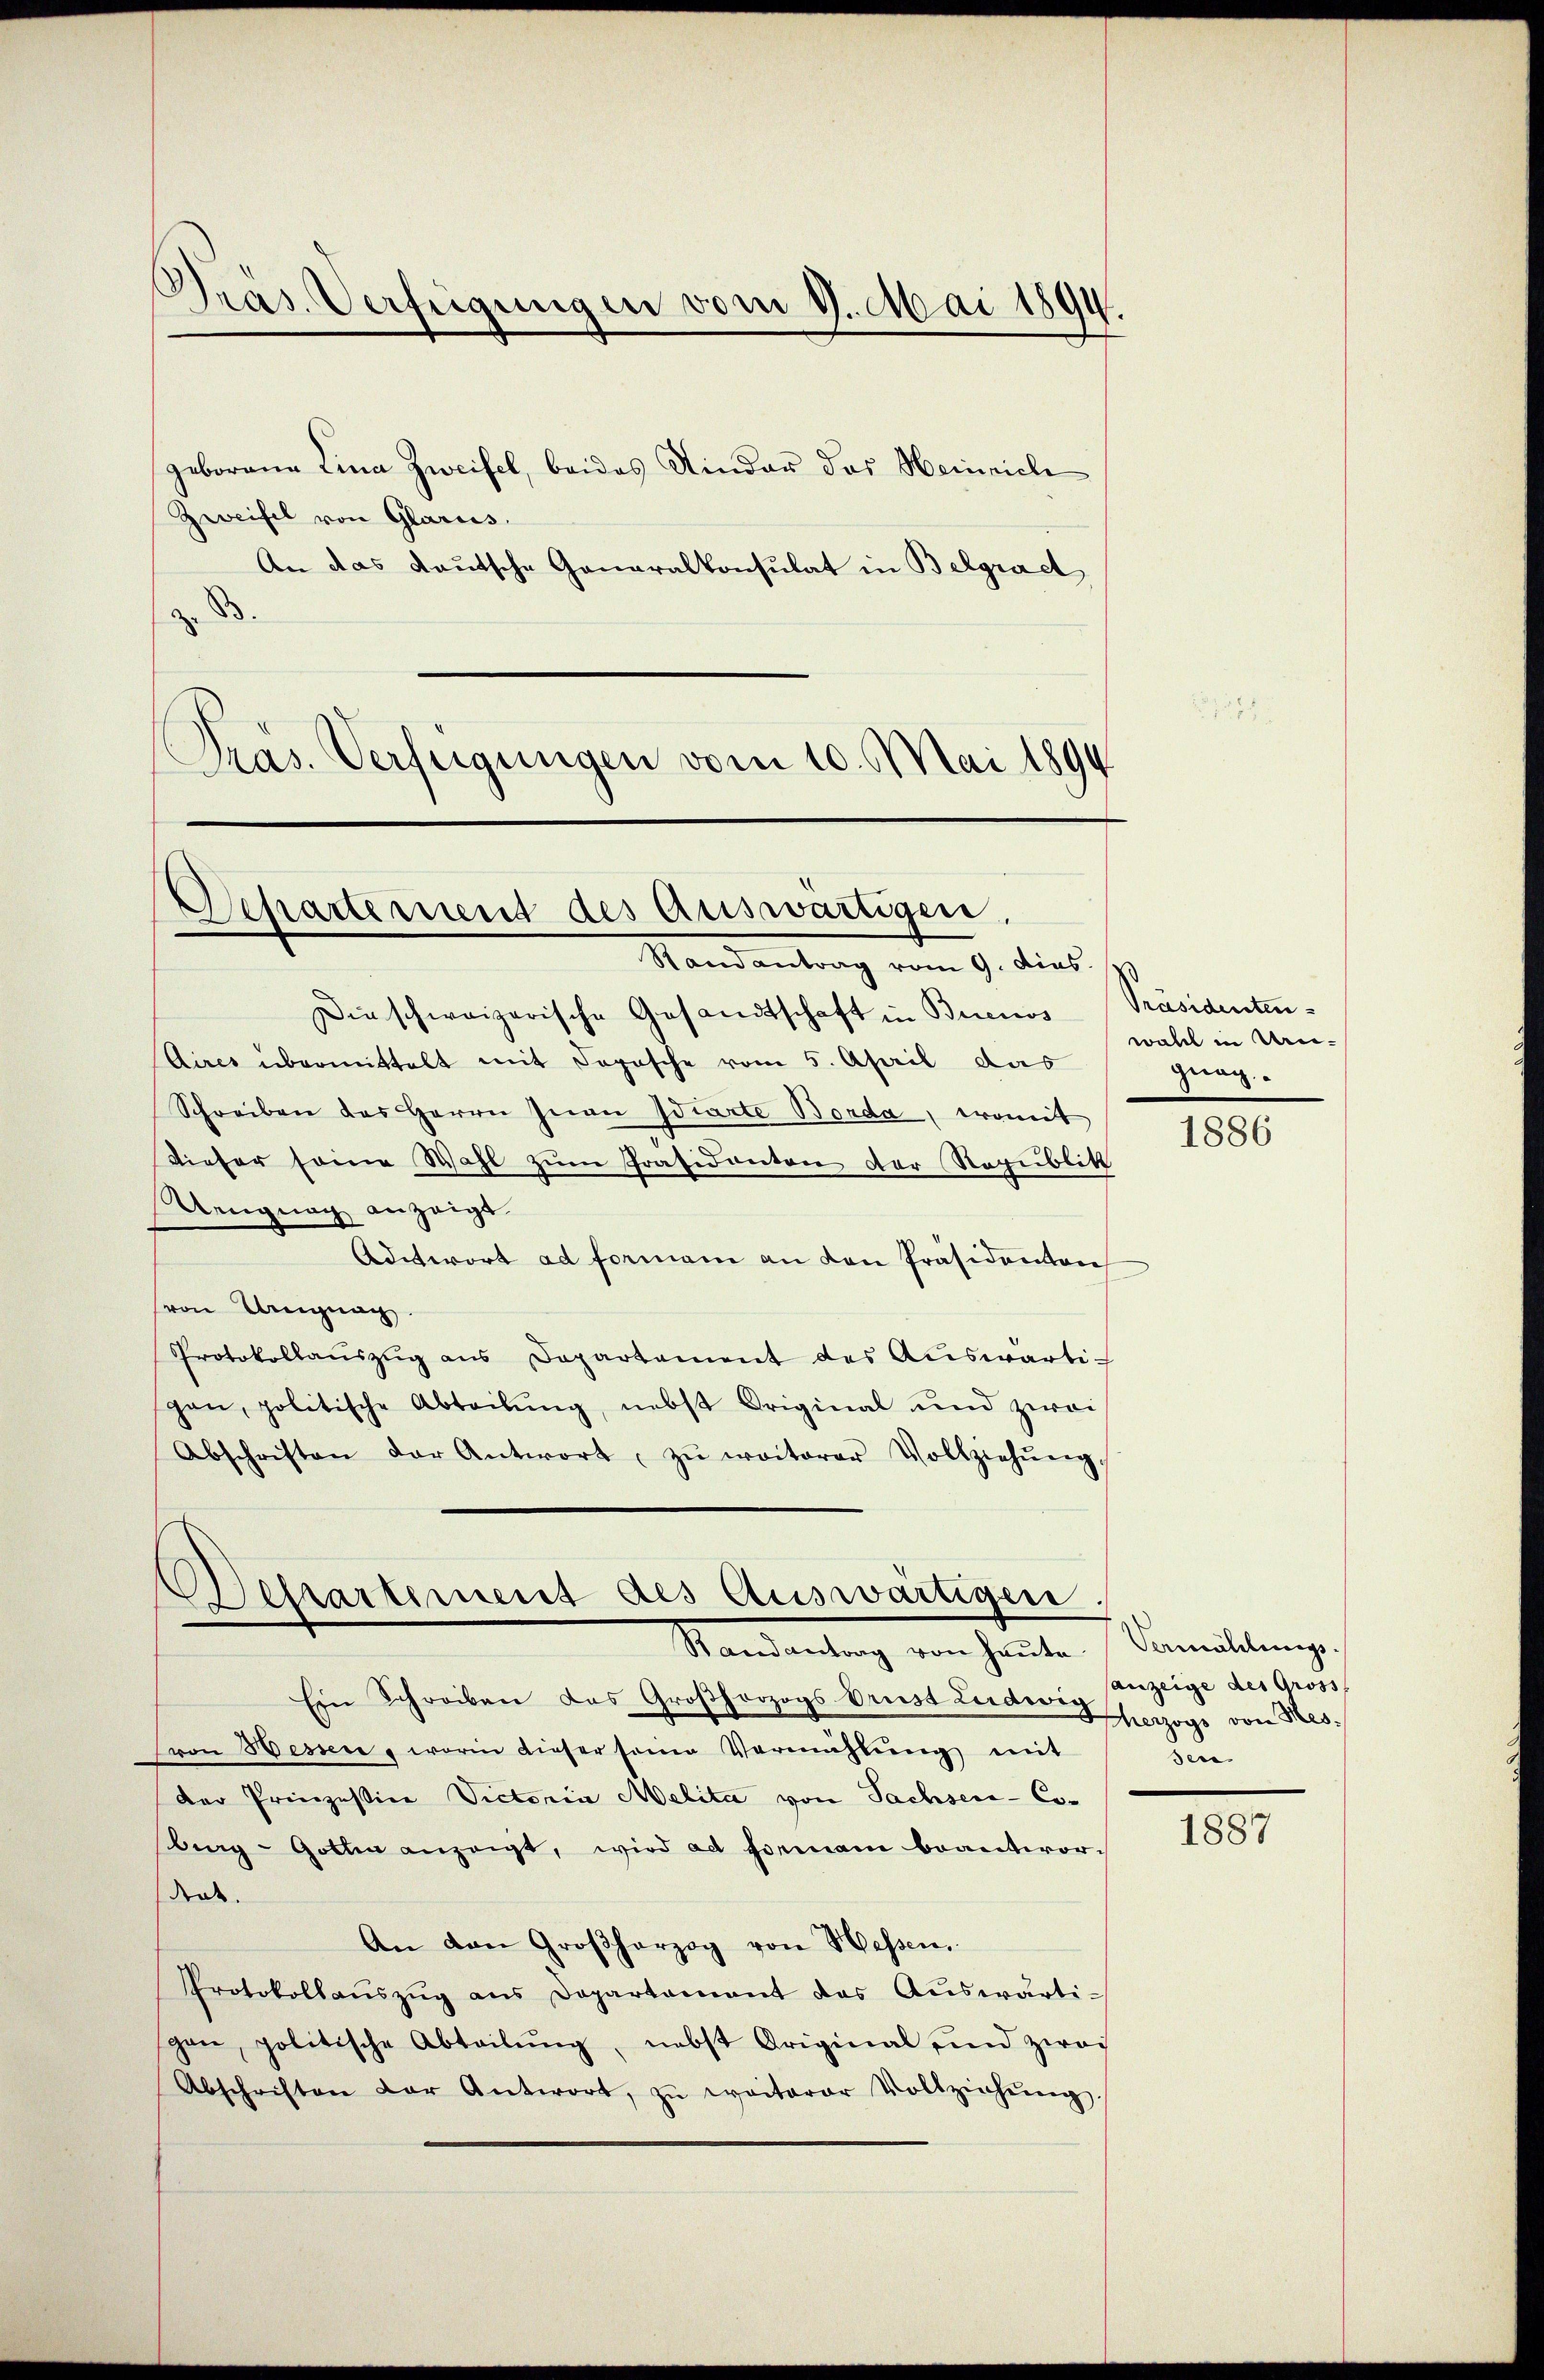
Präs. Verfügungen vom 11. Mai 1894.

geborene Lina Zweifel, beides Kinder das Heinrich
Zweifel von Glarus.
An das deutsche Generalkonsulat in Belgract
z. B.
Präs. Verfügungen vom 10. Mai 1894

Separtement des Auswärtigen,
Randantrag vom 9. dies

Dirschweizerische Gesandtschaft in Buenos-Präsidenten¬
Aires übermittelt mit Sopische vom 5. April das
Schreiben des Herrn Juan Idiarte Bonda, womit
Dieser seine Wahl zŭm Präsidanton der Republik
Uengnag anzeigt.
Aditwort ad formann an den Präsidenten
von Urignag
Protokollaŭszŭg ans Departement des Aŭswärti-
gan, politische Abteilŭng, nebst Original und zwei
Abschriften der Antwort zŭ weiterer Vollziehŭng.

Dessartement des Auswärtigen
Randantrag von heŭte Vermählungs-

Ein Schreiben das Großherzogs Brust Ludwig vorzogs von Hes¬
(von Hessen, worin dieser seine Vermählŭng mit
der Prinzessine Victoria Melita von Sachsen-Coberg - Gotten anzeigt, wird ad formani beantworttet.
An den Großherzog von Hessen
Protokollaŭszŭg ans Departement das Aŭswärti-
gen, politische Abteilŭng, nebst Original sind zwai
Abschriften der Antwort, zŭ weiterer Vollziehŭng

wahl in Urgnag

1886

sanzeige des Gross
u

1887